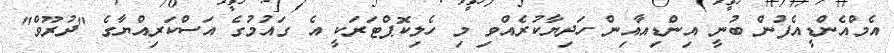
އެމްއެންޑީއެފުން ބުނީ އިންޑިއާއިން ހަދިޔާކުރެއްވި މި ހެލިކޮޕްޓަރަކީ އެ ގައުމުގެ އަސްކަރިއްޔާގެ "ދުރޫވް"